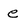
Character: e